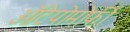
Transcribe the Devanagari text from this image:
ऑटेपोमोर्फी